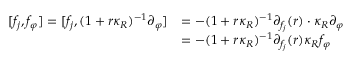
\begin{array} { r l } { [ f _ { j } , f _ { \varphi } ] = [ f _ { j } , ( 1 + r \kappa _ { R } ) ^ { - 1 } \partial _ { \varphi } ] } & { = - ( 1 + r \kappa _ { R } ) ^ { - 1 } \partial _ { f _ { j } } ( r ) \cdot \kappa _ { R } \partial _ { \varphi } } \\ & { = - ( 1 + r \kappa _ { R } ) ^ { - 1 } \partial _ { f _ { j } } ( r ) \kappa _ { R } f _ { \varphi } } \end{array}